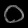
Digit: ၀